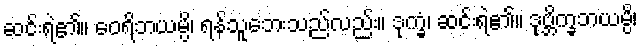
ဆင်းရဲ၏။ ဝေရိဘယမ္ပိ၊ ရန်သူဘေးသည်လည်း။ ဒုက္ခံ၊ ဆင်းရဲ၏။ ဒုဗ္ဘိက္ခဘယမ္ပိ၊